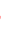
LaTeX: \! \! \! \! \! \! \! \! \! \! \! \ensuremath{\mathcal{Z}}\! \! \! \! \! \! \! \! \! \! \! \! \! \! \! \! \! \! \! \! \! \! \! \! |\! \! \! \! \! \! \! \! \! \! \! \! _{U}\! \! \! \! \! \! \! \! \! \! \! \! \mapsto\! \! \! \! \! \! \! \! \! \! \! \! \! \! \! \! \! \! \! \! \! \! \! \! Z\! \! \! \! \! \! \! \! \! \! \! \! =\! \! \! \! \! \! \! \! \! \! \! \! \Phi\! \! \! \! \! \! \! \! \! \! \! \! _{\! }\! \! \! \! \! \! \! \! \! \! \! *\! \! \! \! \! \! \! \! \! \! \! \! \! \! \! \! \! \! \! \! \! \! \! \! \ensuremath{\mathcal{Z}}\! \! \! \! \! \! \! \! \! \! \! \! \! \! \! \! \! \! \! \! \! \! \! \! |\! \! \! \! \! \! \! \! \! \! \! \! _{U}\! \! \! \! \! \! \! \! \! \! \!